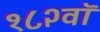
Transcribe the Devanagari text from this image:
१८२वॉ